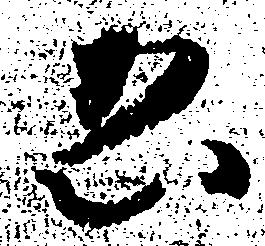
ゑ